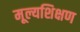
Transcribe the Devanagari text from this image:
मूल्यशिक्षण